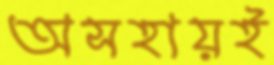
অসহায়ই